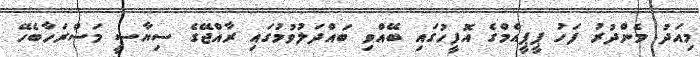
މިއަދު މެންދުރު ފަހު ޕީޕީއެމްގެ އޮފީހުގައި ބޭއްވި ބައްދަލުވުމުގައި ރާއްޖޭގެ ސިޔާސީ މަސްރަހާބެހޭ